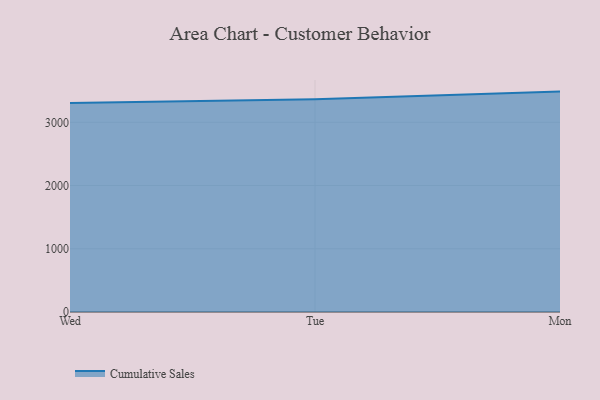
{"axis": {"x": "Day", "y": "LTV (USD)"}, "legend": ["Cumulative Sales"], "data": [{"x": "Wed", "y": 3306.3, "type": "Cumulative Sales"}, {"x": "Tue", "y": 3363.2, "type": "Cumulative Sales"}, {"x": "Mon", "y": 3485.5, "type": "Cumulative Sales"}]}